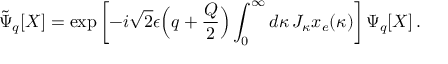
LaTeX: \tilde { \Psi } _ { q } [ X ] = \exp \left[ - i \sqrt { 2 } \epsilon \Bigl ( q + \frac { Q } { 2 } \Bigr ) \int _ { 0 } ^ { \infty } d \kappa \, J _ { \kappa } x _ { e } ( \kappa ) \right] \Psi _ { q } [ X ] \, .